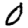
Digit: 0